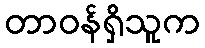
တာဝန်ရှိသူက